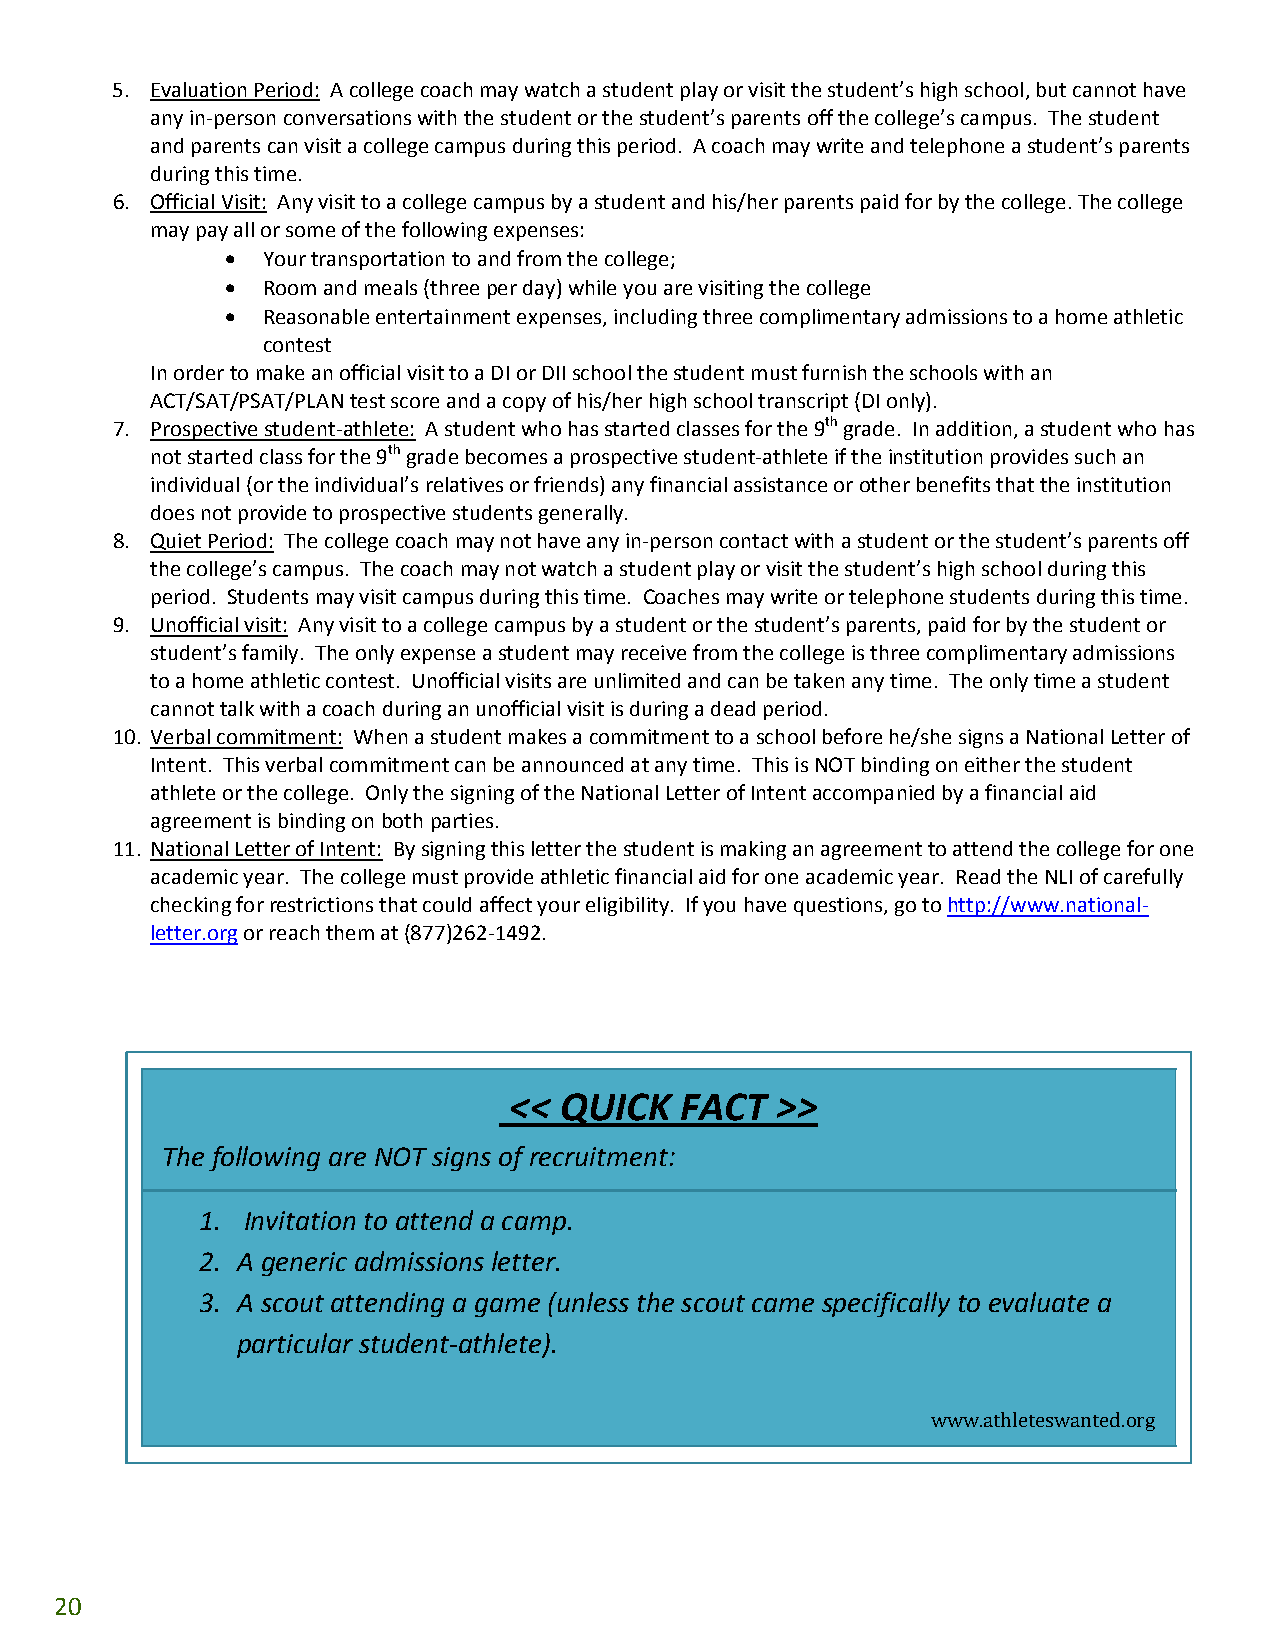
5. Evaluation Period: A college coach may watch a student play or visit the student’s high school, but cannot have
 any in‐person conversations with the student or the student’s parents off the college’s campus. The student
 and parents can visit a college campus during this period. A coach may write and telephone a student’s parents
 during this time.
 6. Official Visit: Any visit to a college campus by a student and his/her parents paid for by the college. The college
 may pay all or some of the following expenses:
 • Your transportation to and from the college;
 • Room and meals (three per day) while you are visiting the college
 • Reasonable entertainment expenses, including three complimentary admissions to a home athletic
 contest
 In order to make an official visit to a DI or DII school the student must furnish the schools with an
 ACT/SAT/PSAT/PLAN test score and a copy of his/her high school transcript (DI only).
 7. Prospective student‐athlete: A student who has started classes for the 9th grade. In addition, a student who has
 not started class for the 9th grade becomes a prospective student‐athlete if the institution provides such an
 individual (or the individual’s relatives or friends) any financial assistance or other benefits that the institution
 does not provide to prospective students generally.
 8. Quiet Period: The college coach may not have any in‐person contact with a student or the student’s parents off
 the college’s campus. The coach may not watch a student play or visit the student’s high school during this
 period. Students may visit campus during this time. Coaches may write or telephone students during this time.
 9. Unofficial visit: Any visit to a college campus by a student or the student’s parents, paid for by the student or
 student’s family. The only expense a student may receive from the college is three complimentary admissions
 to a home athletic contest. Unofficial visits are unlimited and can be taken any time. The only time a student
 cannot talk with a coach during an unofficial visit is during a dead period.
 10. Verbal commitment: When a student makes a commitment to a school before he/she signs a National Letter of
 Intent. This verbal commitment can be announced at any time. This is NOT binding on either the student
 athlete or the college. Only the signing of the National Letter of Intent accompanied by a financial aid
 agreement is binding on both parties.
 11. National Letter of Intent: By signing this letter the student is making an agreement to attend the college for one
 academic year. The college must provide athletic financial aid for one academic year. Read the NLI of carefully
 checking for restrictions that could affect your eligibility. If you have questions, go to http://www.national‐
 letter.org or reach them at (877)262‐1492.
 << QUICK   FACT  >>
 The following are NOT signs of recruitment:
 1. Invitation to attend a camp.
 2. A generic admissions letter.
 3. A scout attending a game (unless the scout came specifically to evaluate a
 particular student‐athlete).
 www.athleteswanted.org
 20